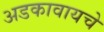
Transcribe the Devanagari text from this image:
अडकावायचे